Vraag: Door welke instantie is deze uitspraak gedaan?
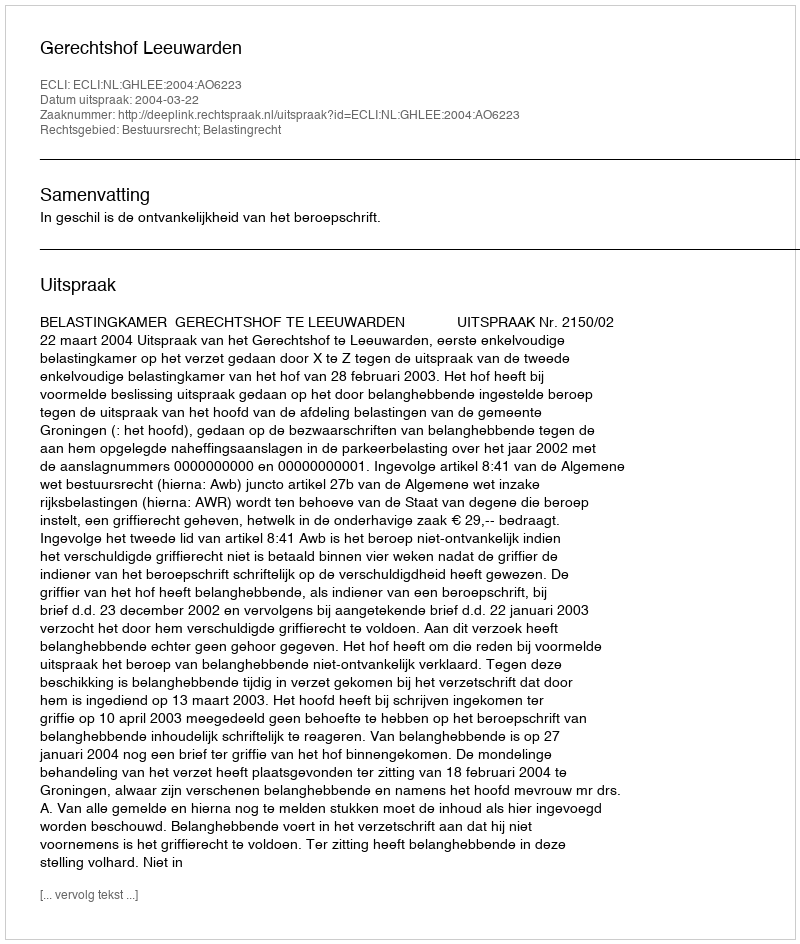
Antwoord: Gerechtshof Leeuwarden